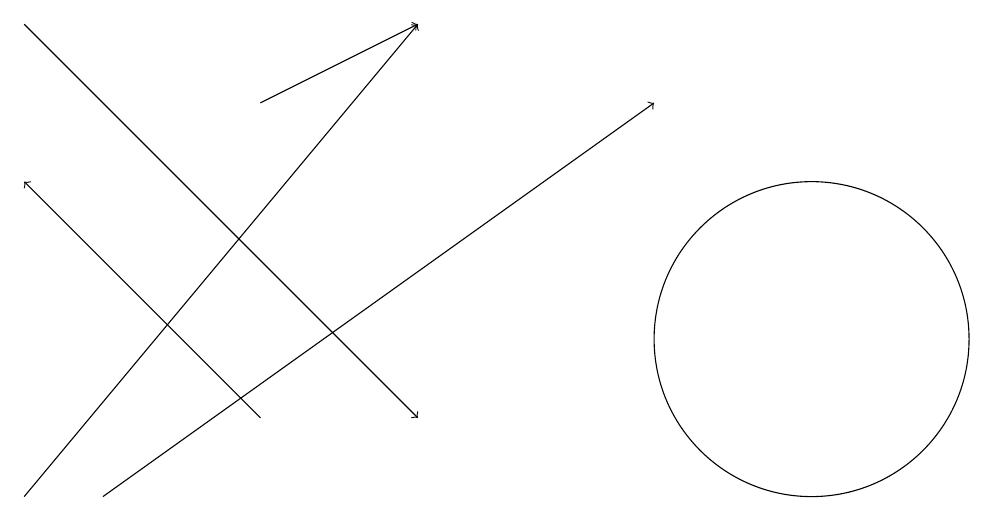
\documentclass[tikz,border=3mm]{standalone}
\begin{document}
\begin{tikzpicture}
\draw[->] (3,15) -- (5,16);
\draw[->] (0,10) -- (5,16);
\draw[->] (3,11) -- (0,14);
\draw (10,12) circle (2);
\draw[->] (0,16) -- (5,11);
\draw[->] (1,10) -- (8,15);
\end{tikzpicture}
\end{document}